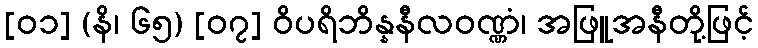
[၀၁] (နိ၊ ၆၅) [၀၇] ဝိပရိဘိန္နနီလဝဏ္ဏံ၊ အဖြူအနီတို့ဖြင့်